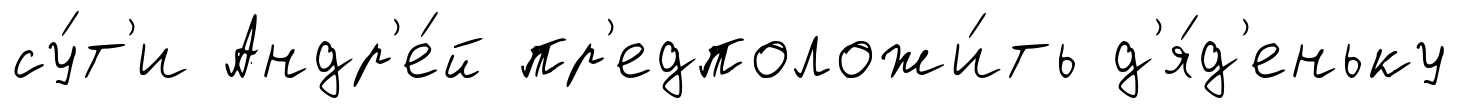
су́т'и Андр'е́й пр'едположи́ть д'я́д'еньку